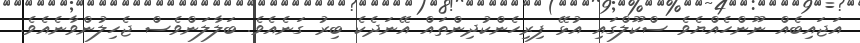
އަޖައިބެއް ނޫންހެއްޔެވެ ސްކޫލްގައި އުޅޭ ފިރިހެންކުދިންތައް އޭނަދެކެ ބިރު ގަނެއެވެ. ބަލާލަންވެސް ޖެހިލުންވާނެއެވެ.